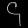
Digit: ၄